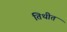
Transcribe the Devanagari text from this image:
तिथीत